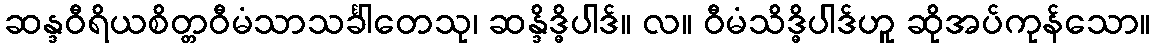
ဆန္ဒဝီရိယစိတ္တဝီမံသာသင်္ခါတေသု၊ ဆန္ဒိဒ္ဓိပါဒ်။ လ။ ဝီမံသိဒ္ဓိပါဒ်ဟူ ဆိုအပ်ကုန်သော။